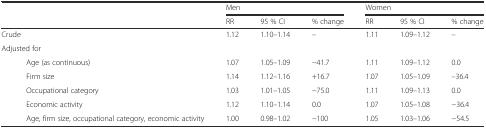
<table><thead><tr><td rowspan="2" colspan="2"></td><td colspan="3"><b>Men</b></td><td colspan="3"><b>Women</b></td></tr><tr><td><b>RR</b></td><td><b>95 % CI</b></td><td><b>% change</b></td><td><b>RR</b></td><td><b>95 % CI</b></td><td><b>% change</b></td></tr></thead><tbody><tr><td colspan="2">Crude</td><td>1.12</td><td>1.10–1.14</td><td>–</td><td>1.11</td><td>1.09–1.12</td><td>–</td></tr><tr><td colspan="8">Adjusted for</td></tr><tr><td></td><td>Age (as continuous)</td><td>1.07</td><td>1.05–1.09</td><td>−41.7</td><td>1.11</td><td>1.09–1.12</td><td>0.0</td></tr><tr><td></td><td>Firm size</td><td>1.14</td><td>1.12–1.16</td><td>+16.7</td><td>1.07</td><td>1.05–1.09</td><td>–36.4</td></tr><tr><td></td><td>Occupational category</td><td>1.03</td><td>1.01–1.05</td><td>−75.0</td><td>1.11</td><td>1.09–1.13</td><td>0.0</td></tr><tr><td></td><td>Economic activity</td><td>1.12</td><td>1.10–1.14</td><td>0.0</td><td>1.07</td><td>1.05–1.08</td><td>−36.4</td></tr><tr><td></td><td>Age, firm size, occupational category, economic activity</td><td>1.00</td><td>0.98–1.02</td><td>−100</td><td>1.05</td><td>1.03–1.06</td><td>−54.5</td></tr></tbody></table>